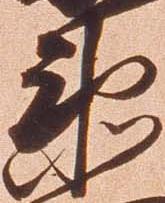
衛